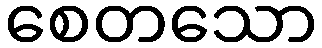
စေတသော